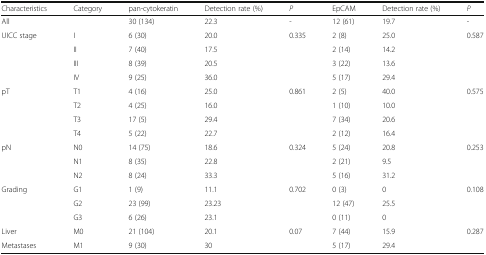
<table><thead><tr><td><b>Characteristics</b></td><td><b>Category</b></td><td><b>pan-cytokeratin</b></td><td><b>Detection rate (%)</b></td><td><b><i>P</i></b></td><td><b>EpCAM</b></td><td><b>Detection rate (%)</b></td><td><b><i>P</i></b></td></tr></thead><tbody><tr><td>All</td><td></td><td>30 (134)</td><td>22.3</td><td>-</td><td>12 (61)</td><td>19.7</td><td>-</td></tr><tr><td rowspan="4">UICC stage</td><td>I</td><td>6 (30)</td><td>20.0</td><td>0.335</td><td>2 (8)</td><td>25.0</td><td>0.587</td></tr><tr><td>II</td><td>7 (40)</td><td>17.5</td><td></td><td>2 (14)</td><td>14.2</td><td></td></tr><tr><td>III</td><td>8 (39)</td><td>20.5</td><td></td><td>3 (22)</td><td>13.6</td><td></td></tr><tr><td>IV</td><td>9 (25)</td><td>36.0</td><td></td><td>5 (17)</td><td>29.4</td><td></td></tr><tr><td rowspan="4">pT</td><td>T1</td><td>4 (16)</td><td>25.0</td><td>0.861</td><td>2 (5)</td><td>40.0</td><td>0.575</td></tr><tr><td>T2</td><td>4 (25)</td><td>16.0</td><td></td><td>1 (10)</td><td>10.0</td><td></td></tr><tr><td>T3</td><td>17 (5)</td><td>29.4</td><td></td><td>7 (34)</td><td>20.6</td><td></td></tr><tr><td>T4</td><td>5 (22)</td><td>22.7</td><td></td><td>2 (12)</td><td>16.4</td><td></td></tr><tr><td rowspan="3">pN</td><td>N0</td><td>14 (75)</td><td>18.6</td><td>0.324</td><td>5 (24)</td><td>20.8</td><td>0.253</td></tr><tr><td>N1</td><td>8 (35)</td><td>22.8</td><td></td><td>2 (21)</td><td>9.5</td><td></td></tr><tr><td>N2</td><td>8 (24)</td><td>33.3</td><td></td><td>5 (16)</td><td>31.2</td><td></td></tr><tr><td rowspan="3">Grading</td><td>G1</td><td>1 (9)</td><td>11.1</td><td>0.702</td><td>0 (3)</td><td>0</td><td>0.108</td></tr><tr><td>G2</td><td>23 (99)</td><td>23.23</td><td></td><td>12 (47)</td><td>25.5</td><td></td></tr><tr><td>G3</td><td>6 (26)</td><td>23.1</td><td></td><td>0 (11)</td><td>0</td><td></td></tr><tr><td>Liver</td><td>M0</td><td>21 (104)</td><td>20.1</td><td>0.07</td><td>7 (44)</td><td>15.9</td><td>0.287</td></tr><tr><td>Metastases</td><td>M1</td><td>9 (30)</td><td>30</td><td></td><td>5 (17)</td><td>29.4</td><td></td></tr></tbody></table>